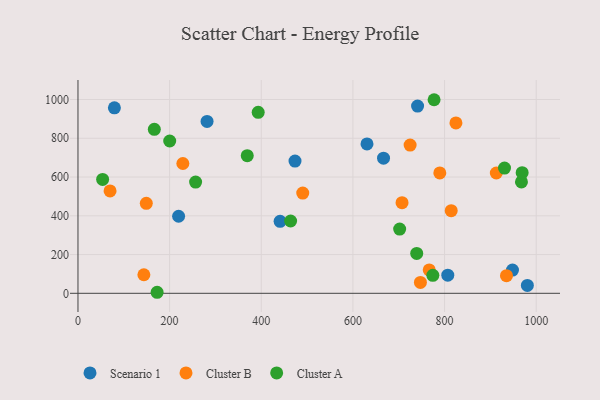
{"axis": {"x": "Distance", "y": "Fuel Efficiency"}, "legend": ["Cluster A", "Cluster B", "Scenario 1"], "data": [{"x": "980.7", "y": 40.5, "type": "Scenario 1"}, {"x": "948.2", "y": 119.6, "type": "Scenario 1"}, {"x": "630.7", "y": 770.8, "type": "Scenario 1"}, {"x": "441.1", "y": 371.6, "type": "Scenario 1"}, {"x": "281.7", "y": 887.1, "type": "Scenario 1"}, {"x": "219.6", "y": 397.7, "type": "Scenario 1"}, {"x": "666.8", "y": 697.3, "type": "Scenario 1"}, {"x": "741.1", "y": 966.0, "type": "Scenario 1"}, {"x": "79.5", "y": 957.0, "type": "Scenario 1"}, {"x": "473.6", "y": 682.5, "type": "Scenario 1"}, {"x": "807.0", "y": 93.3, "type": "Scenario 1"}, {"x": "149.1", "y": 464.1, "type": "Cluster B"}, {"x": "814.5", "y": 426.2, "type": "Cluster B"}, {"x": "490.5", "y": 517.4, "type": "Cluster B"}, {"x": "766.5", "y": 120.8, "type": "Cluster B"}, {"x": "724.8", "y": 765.1, "type": "Cluster B"}, {"x": "789.6", "y": 621.0, "type": "Cluster B"}, {"x": "707.2", "y": 467.9, "type": "Cluster B"}, {"x": "824.8", "y": 879.0, "type": "Cluster B"}, {"x": "228.9", "y": 669.8, "type": "Cluster B"}, {"x": "143.8", "y": 95.7, "type": "Cluster B"}, {"x": "70.0", "y": 528.5, "type": "Cluster B"}, {"x": "747.3", "y": 56.1, "type": "Cluster B"}, {"x": "935.1", "y": 90.9, "type": "Cluster B"}, {"x": "912.9", "y": 620.8, "type": "Cluster B"}, {"x": "967.8", "y": 574.6, "type": "Cluster A"}, {"x": "166.6", "y": 846.0, "type": "Cluster A"}, {"x": "969.3", "y": 622.5, "type": "Cluster A"}, {"x": "777.1", "y": 998.9, "type": "Cluster A"}, {"x": "200.2", "y": 786.0, "type": "Cluster A"}, {"x": "256.7", "y": 573.8, "type": "Cluster A"}, {"x": "702.0", "y": 331.2, "type": "Cluster A"}, {"x": "930.8", "y": 646.4, "type": "Cluster A"}, {"x": "739.2", "y": 205.9, "type": "Cluster A"}, {"x": "53.8", "y": 587.5, "type": "Cluster A"}, {"x": "369.4", "y": 710.2, "type": "Cluster A"}, {"x": "393.3", "y": 934.0, "type": "Cluster A"}, {"x": "464.0", "y": 373.2, "type": "Cluster A"}, {"x": "774.4", "y": 92.6, "type": "Cluster A"}, {"x": "172.7", "y": 5.3, "type": "Cluster A"}]}